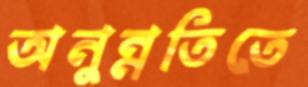
অনুন্নতিতে